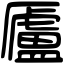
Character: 𠫂